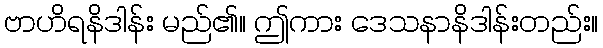
ဗာဟိရနိဒါန်း မည်၏။ ဤကား ဒေသနာနိဒါန်းတည်း။